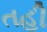
તહી